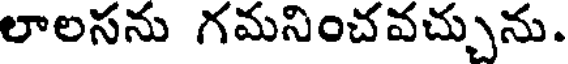
లాలసను గమనించవచ్చును.